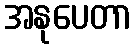
အနုပေတာ